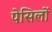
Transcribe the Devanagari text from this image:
पेसिलों